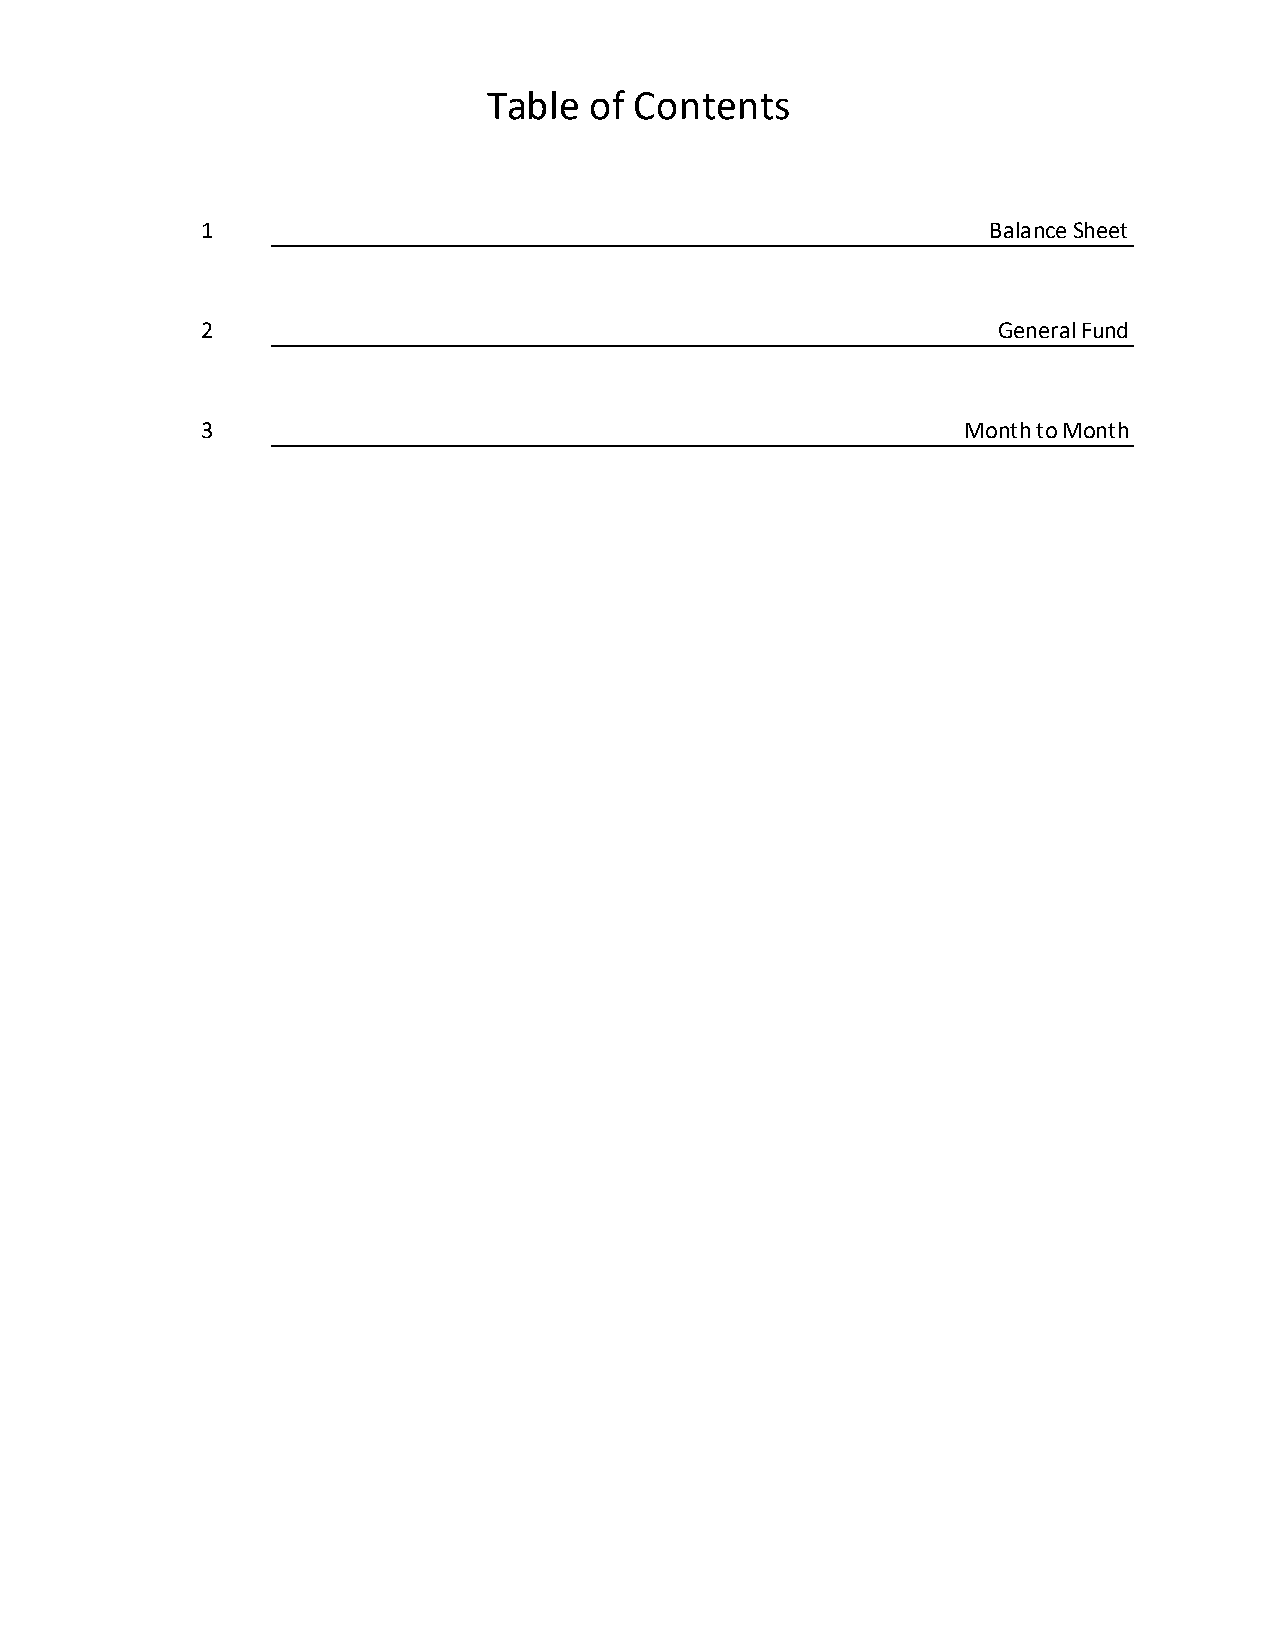
Table  of Contents
 1                                                   Balance Sheet
 2                                                    General Fund
 3                                                  Month to Month